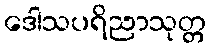
ဒေါသပရိညာသုတ္တ